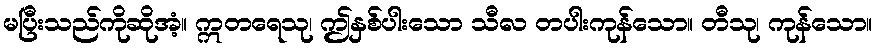
မပြီးသည်ကိုဆိုအံ့။ ဣတရေသု၊ ဤနှစ်ပါးသော သီလ တပါးကုန်သော။ တီသု၊ ကုန်သော။